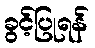
ခွင့်ပြုရန်